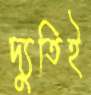
দ্যুতিই